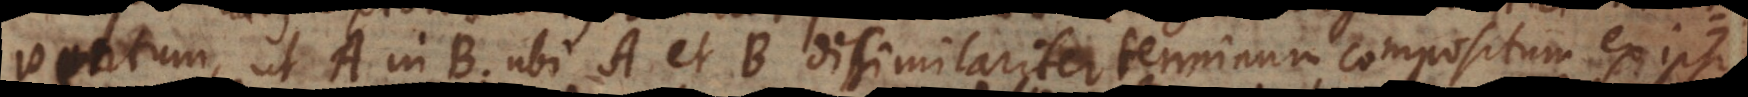
ventum, ut A in B; ubi A et B dissimilariter terminum compositum ex ipsis,